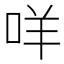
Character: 咩